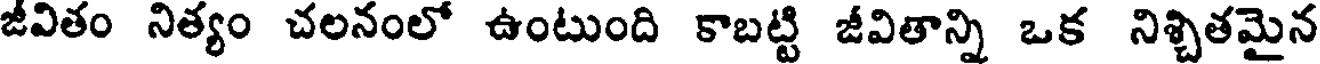
జీవితం నిత్యం చలనంలో ఉంటుంది కాబట్టి జీవితాన్ని ఒక నిశ్చితమైన